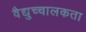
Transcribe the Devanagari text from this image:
वैद्युच्चालकता